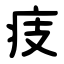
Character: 㽻